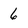
Character: 6